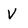
Character: V